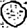
Digit: 0